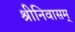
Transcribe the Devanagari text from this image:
श्रीनिवासम्‌